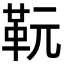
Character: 𩉯